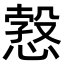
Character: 𢟥